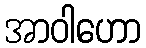
အာဝါဟော